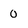
Character: 0